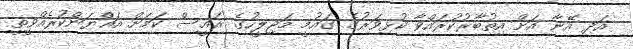
އަދި އޭނާ އަށް އިތުބާރުކުރައްވާ ކުޅިވަރުގެ ގައުމީ މަޖިލީހުގެ ރައީސް ކަމަށް އައްޔަންކުރެއްވީތީ